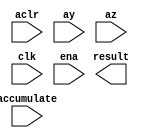

module fp_mult_accumulate (
	accumulate,
	aclr,
	ay,
	az,
	clk,
	ena,
	result);	

	input		accumulate;
	input		aclr;
	input	[31:0]	ay;
	input	[31:0]	az;
	input		clk;
	input		ena;
	output	[31:0]	result;
endmodule